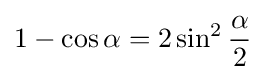
1-\cos \alpha =2\sin ^{2}{\frac {\alpha }{2}}